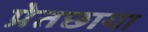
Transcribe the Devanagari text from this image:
प्रेतछाया